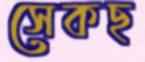
সেকছ